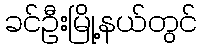
ခင်ဦးမြို့နယ်တွင်